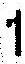
1